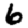
Digit: 6